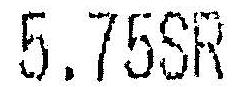
5.75SR